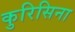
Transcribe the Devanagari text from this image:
कुरिसिना